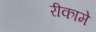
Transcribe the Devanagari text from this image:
रीकामे